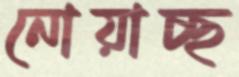
নোয়াচ্ছ